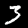
Digit: 3